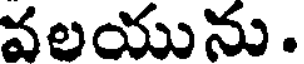
వలయును.